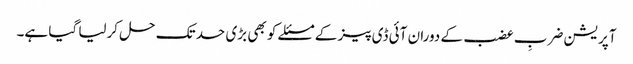
آپریشن ضربِ عضب کے دوران آئی ڈی پیز کے مسئلے کو بھی بڑی حد تک حل کرلیا گیا ہے۔